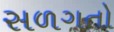
સળગતો